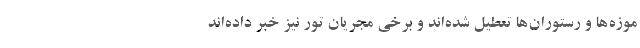
موزه‌ها و رستوران‌ها تعطیل شده‌اند و برخی مجریان تور نیز خبر داده‌اند